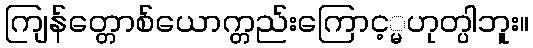
ကျြန်တ္တောစ်ယောက္တည်းကြောင့္မဟုတ္ပါဘူး။